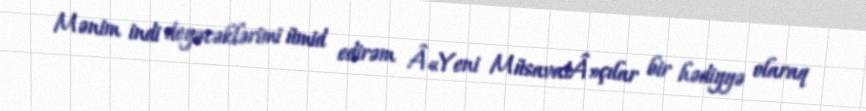
Mənim indi deyəcəklərimi ümid edirəm Â«Yeni MüsavatÂ»çılar bir hədiyyə olaraq